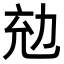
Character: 𠡜